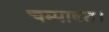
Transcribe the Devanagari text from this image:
चम्पावत।